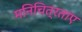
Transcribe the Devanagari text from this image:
मनिचित्रताए